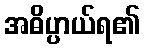
အဓိပ္ပာယ်ရ၏